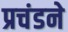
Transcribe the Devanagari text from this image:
प्रचंडने